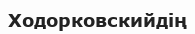
Ходорковскийдің